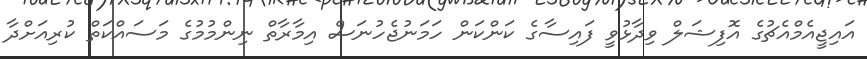
އައިޖީއެމްއެޗުގެ އޮފިޝަލް ވިދާޅުވީ ފައިސާގެ ކަންކަން ހަމަނުޖެހުނަސް އިމާރާތް ނިންމުމުގެ މަސައްކަތް ކުރިއަށްދާ